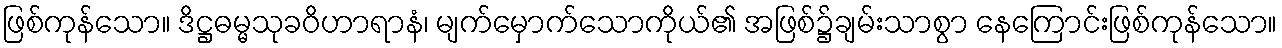
ဖြစ်ကုန်သော။ ဒိဋ္ဌဓမ္မသုခဝိဟာရာနံ၊ မျက်မှောက်သောကိုယ်၏ အဖြစ်၌ချမ်းသာစွာ နေကြောင်းဖြစ်ကုန်သော။